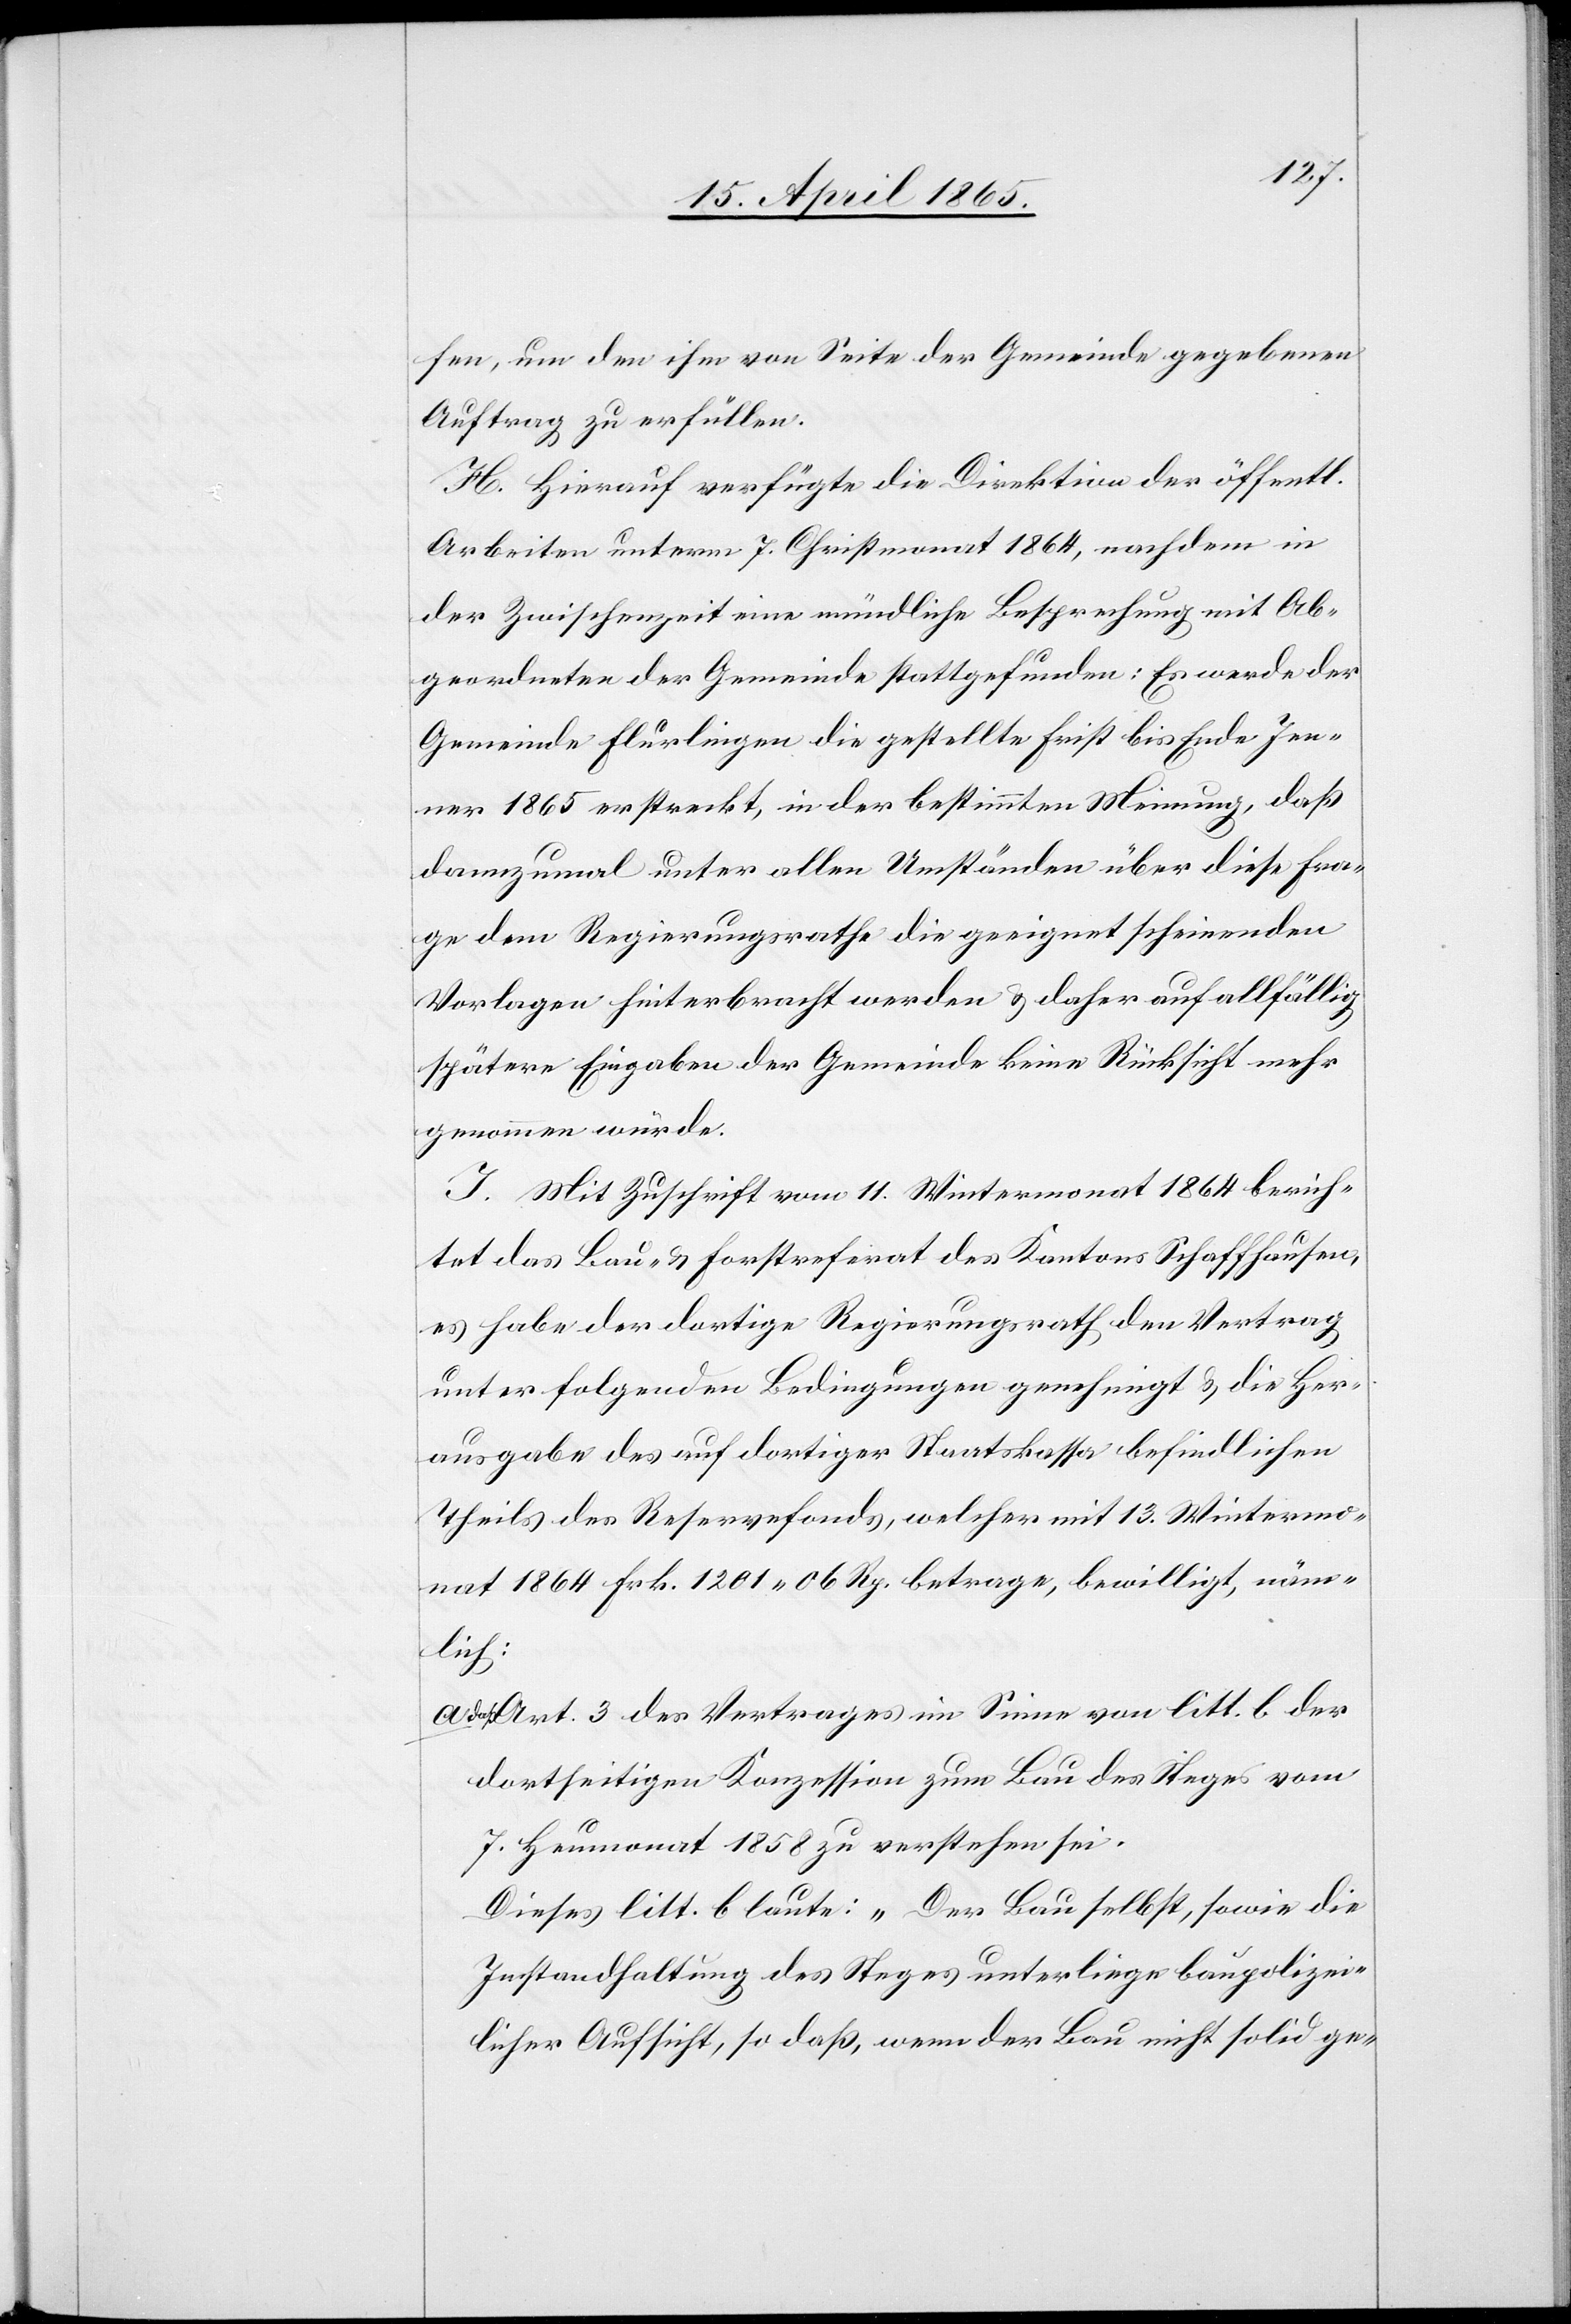
fen, um den ihm von Seite der Gemeinde gegebenen
Auftrag zu erfüllen.
H. Hierauf verfügte die Direktion der öffentl.
Arbeiten unterm 7. Christmonat 1864, nachdem in
der Zwischenzeit eine mündliche Besprechung mit Ab¬
geordneten der Gemeinde stattgefunden: Es werde der
Gemeinde Flurlingen die gestellte Frist bis Ende Jen¬
ner 1865 erstreckt, in der bestimmten Meinung, daß
dannzumal unter allen Umständen über diese Fra¬
ge dem Regierungsrathe die geeignet scheinenden
Vorlagen hinterbracht werden & daher auf allfällig
spätere Eingaben der Gemeinde keine Rücksicht mehr
genommen würde.
J. Mit Zuschrift vom 11. Wintermonat 1864 berich¬
tet das Bau- & Forstreferat des Kantons Schaffhausen,
es habe der dortige Regierungsrath den Vertrag
unter folgenden Bedingungen genehmigt & die Her¬
ausgabe des auf dortiger Staatskassa befindlichen
Theils des Reservefonds, welcher mit 13. Wintermo¬
nat 1864 Frk. 1201 06 Rp. betrage, bewilligt, näm¬
lich:
Art. 3 des Vertrages im Sinne von litt. b der
dortseitigen Konzession zum Bau des Steges vom
7. Heumonat 1858 zu verstehen sei.
Dieses litt. b laute: „Der Bau selbst, sowie die
Instandhaltung des Steges unterliege baupolizei¬
licher Aufsicht, so daß, wenn der Bau nicht solid ge-